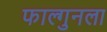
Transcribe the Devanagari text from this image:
फाल्गुनला